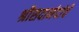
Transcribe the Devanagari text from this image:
श्रीसदानंदांचे